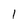
Character: 1